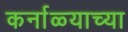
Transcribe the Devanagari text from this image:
कर्नाळ्याच्या